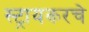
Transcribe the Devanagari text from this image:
स्ट्रायकरचे